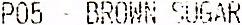
P05 - BROWN SUGAR